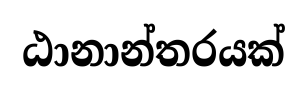
ඨානාන්තරයක්